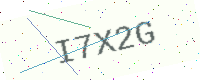
Text: I7X2G